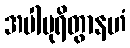
အပါပုရိတွာနဟံ